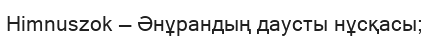
Himnuszok — Әнұрандың даусты нұсқасы;